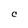
Character: C